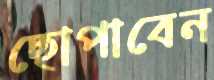
ছোপাবেন